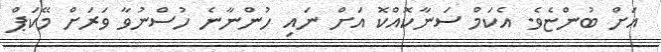
އަށް ބުންޏެވެ. އެކަމް ސަނާކޮއްކޮ އަށް ނައި ހުންނާނެ ހުސްނުވާ ވަރަށް މޭކަޕް